Report on vaccination in Madras 1877-1894 - 1877-1894
Year: 1877
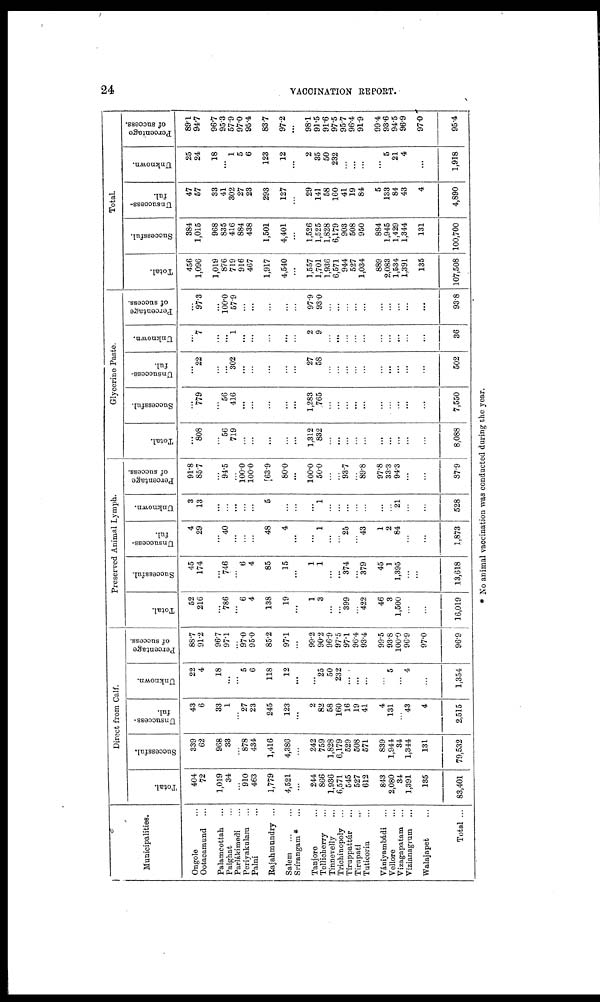
24
VACCINATION REPORT.
Municipalities.
Ongole ...
Ootacamund ...
Palamcottah ...
Palghat ...
Parlákimedi ...
Periyakulam ...
Palni ...
Rajahmundry ...
Salem
...
...
Srírangam* ...
Tanjore ...
Tellicherry ...
Tinnevelly ...
Trichinopoly ...
Tiruppattúr ...
Tirnpati ...
Tuticorin ...
Vániyambádi ...
Vellore ...
Vizagapatam ...
Vizianagrum ...
Walajapet ...
Total ...
Direct from Calf.
Total.
404
72
1,019
34
...
910
463
1,779
4,521
...
244
866
1,936
6,571
545
527
612
843
2,080
34
1,391
135
83,401
Successful.
339
62
968
33
...
878
434
1,416
4,386
...
242
759
1,828
6,179
529
508
571
839
1,944
34
1,344
131
79,532
Unsuccess-
ful.
43
6
33
1
...
27
23
245
123
...
2
82
58
160
16
19
41
4
131
...
43
4
2,515
Unknown.
22
4
18
...
...
5
6
118
12
...
...
25
50
232
...
...
...
...
5
...
4
...
1,354
Percentage
of success.
88.7
91.2
96.7
97.1
...
97.0
95.0
85.2
97.1
...
99.2
90.2
96.9
97.5
97.1
96.4
93.4
99.5
93.8
100.0
96.9
97.0
96.9
Preserved Animal Lymph.
Total.
52
216
...
786
...
6
4
138
19
...
1
3
...
...
399
...
422
46
3
1,500
...
...
16,019
Successful.
45
174
...
746
...
6
4
85
15
...
1
1
...
...
374
...
379
45
1
1,395
...
...
13,618
Unsuccess-
ful.
4
29
...
40
...
...
...
48
4
...
...
1
...
...
25
...
43
1
2
84
...
...
1,873
Unknown.
3
13
...
...
...
...
...
5
...
...
...
1
...
...
...
...
...
...
...
21
...
...
528
Percentage
of success.
91.8
85.7
...
94.5
...
100.0
100.0
63.9
80.0
...
100.0
50.0
...
...
93.7
...
89.8
97.8
33.3
94.3
...
...
87.9
Glycerine Paste.
Total.
...
808
...
56
719
...
...
...
...
...
1,312
832
...
...
...
...
...
...
...
...
...
8,088
Successful.
...
779
...
56
416
...
...
...
...
...
1,283
765
...
...
...
...
...
...
...
...
...
...
7,550
Unsuccess-
ful.
...
22
...
...
302
...
...
...
...
...
27
58
...
...
...
...
...
...
...
...
...
...
502
Unknown.
...
7
...
...
1
...
...
...
...
...
2
9
...
...
...
...
...
...
...
...
...
...
36
Percentage
of success.
...
97.3
...
100.0
57.9
...
...
...
...
...
97.9
93.0
...
...
...
...
...
...
...
...
...
...
93.8
Total.
Total.
456
1,096
1,019
876
719
916
467
1,917
4,540
...
1,557
1,701
1,936
6,571
944
527
1,034
889
2,083
1,534
1,391
135
107,508
Successful.
384
1,015
968
835
416
884
438
1,501
4,401
...
1,526
1,525
1,828
6,179
903
508
950
884
1,945
1,429
1,344
131
100,700
Unsuccess-
ful.
47
57
33
41
302
27
23
293
127
...
29
141
58
160
41
19
84
5
133
84
43
4
4,890
Unknown.
25
24
18
...
1
5
6
123
12
...
2
35
50
232
...
...
...
...
5
21
4
...
1,918
Percentage
of success.
89.1
94.7
96.7
95.3
57.9
97.0
95.4
83.7
97.2
...
98.1
91.5
91.6
97.5
95.7
96.4
91.9
99.4
93.6
94.5
96.9
97.0
95.4
* No animal vaccination was conducted during the year.